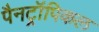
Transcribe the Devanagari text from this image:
पैनट्रॉपिकल